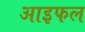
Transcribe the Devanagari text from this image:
आइफल